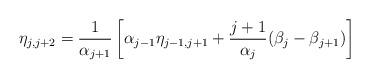
LaTeX: \begin{align*}\eta_{j,j+2} = \frac{1}{\alpha_{j+1}}\left[ \alpha_{j-1}\eta_{j-1,j+1} + \frac{j+1}{\alpha_{j}} (\beta_{j}-\beta_{j+1}) \right]\end{align*}